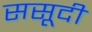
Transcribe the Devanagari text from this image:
ससूदी